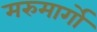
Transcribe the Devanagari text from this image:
मरुमार्गों